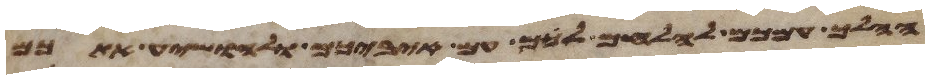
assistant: ההלך עמכם להלחם לכם עם איביכם ולהושיע אתכם